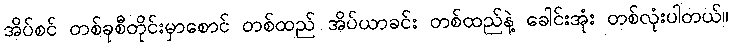
အိပ်စင် တစ်ခုစီတိုင်းမှာစောင် တစ်ထည် အိပ်ယာခင်း တစ်ထည်နဲ့ ခေါင်းအုံး တစ်လုံးပါတယ်။